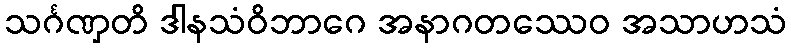
သင်္ဂဏှတိ ဒါနသံဝိဘာဂေ အနာဂတဿေဝ အသာဟသံ